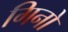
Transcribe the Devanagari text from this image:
गिनो